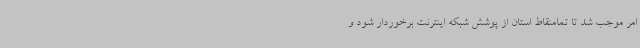
امر موجب شد تا تمامنقاط استان از پوشش شبکه اینترنت برخوردار شود و